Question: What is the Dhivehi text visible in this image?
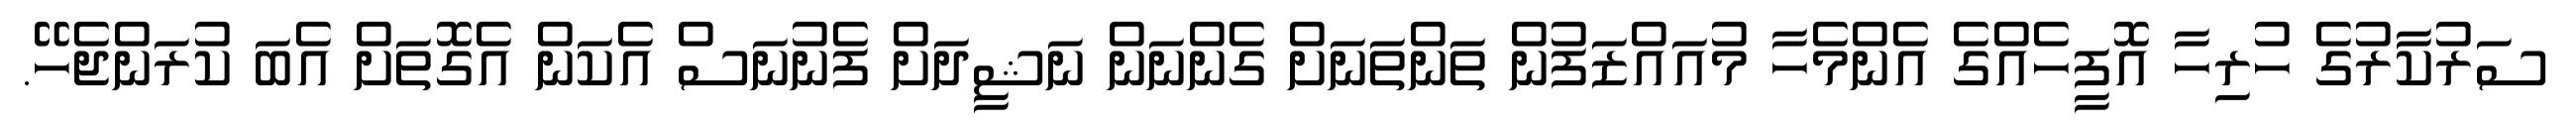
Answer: ސަރުކާރުގެ ހުރިހާ އޮފީހެއްގެ އެންމެހާ މުއައްޒަފުން ތަންތަނަށް ގެންނަން ނަޝީދަށް ފެނުނަސް އެކަން އެގޮތަށް އެބަ ކުރަންޖެހޭ.